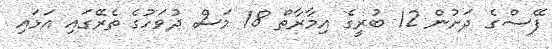
ފޭސްގެ ދަށުން 12 ބުރީގެ އިމާރާތް 18 މަސް ދުވަހުގެ ތެރޭގައި އަޅައި